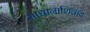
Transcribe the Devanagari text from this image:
साधानाशिवाय